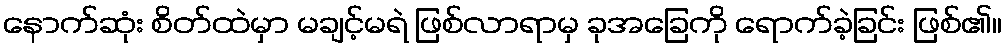
နောက်ဆုံး စိတ်ထဲမှာ မချင့်မရဲ ဖြစ်လာရာမှ ခုအခြေကို ရောက်ခဲ့ခြင်း ဖြစ်၏။